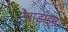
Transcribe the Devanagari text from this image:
टेराडाइन